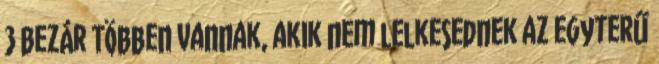
3 Bezár Többen vannak, akik nem lelkesednek az egyterű